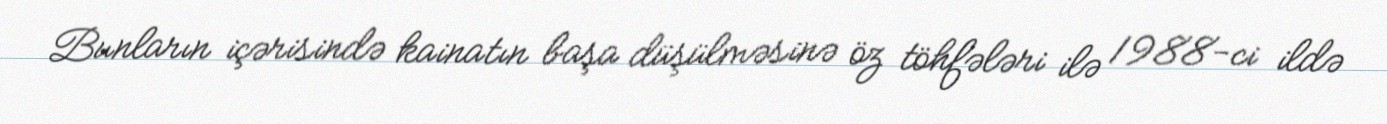
Bunların içərisində kainatın başa düşülməsinə öz töhfələri ilə 1988-ci ildə